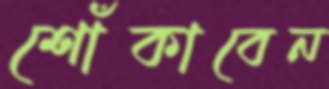
শোঁকাবেন